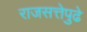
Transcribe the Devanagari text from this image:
राजसत्तेपुढे